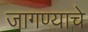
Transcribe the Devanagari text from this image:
जागण्याचे